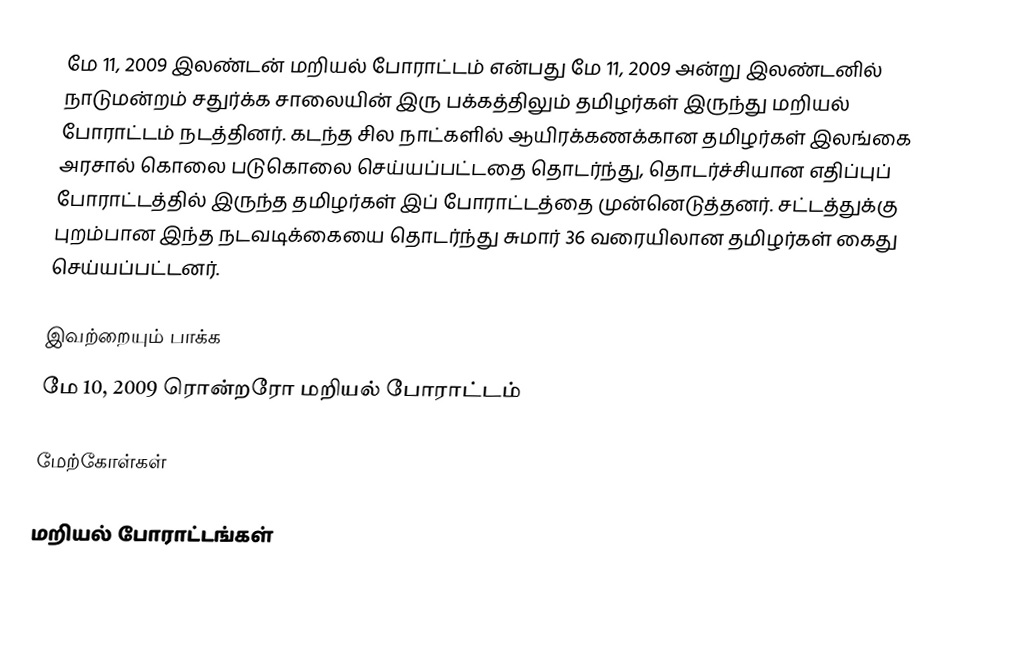
மே 11, 2009 இலண்டன் மறியல் போராட்டம் என்பது மே 11, 2009 அன்று இலண்டனில் நாடுமன்றம் சதுர்க்க சாலையின் இரு பக்கத்திலும் தமிழர்கள் இருந்து மறியல் போராட்டம் நடத்தினர்.  கடந்த சில நாட்களில் ஆயிரக்கணக்கான தமிழர்கள் இலங்கை அரசால் கொலை படுகொலை செய்யப்பட்டதை தொடர்ந்து, தொடர்ச்சியான எதிப்புப் போராட்டத்தில் இருந்த தமிழர்கள் இப் போராட்டத்தை முன்னெடுத்தனர். சட்டத்துக்கு புறம்பான இந்த நடவடிக்கையை தொடர்ந்து சுமார் 36 வரையிலான தமிழர்கள் கைது செய்யப்பட்டனர்.

இவற்றையும் பாக்க
 மே 10, 2009 ரொன்றரோ மறியல் போராட்டம்

மேற்கோள்கள்

மறியல் போராட்டங்கள்